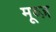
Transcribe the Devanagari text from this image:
मूव्ज़